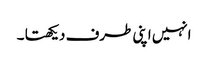
انہیں اپنی طرف دیکھتا ۔